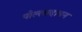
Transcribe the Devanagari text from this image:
पोल्लादावन